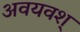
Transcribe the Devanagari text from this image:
अवयवश्